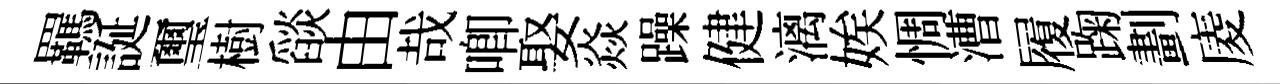
羈誕璽樹𦦨由哉唧娶焱躁健漓娭惆漕履踘劃庱